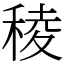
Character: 稜